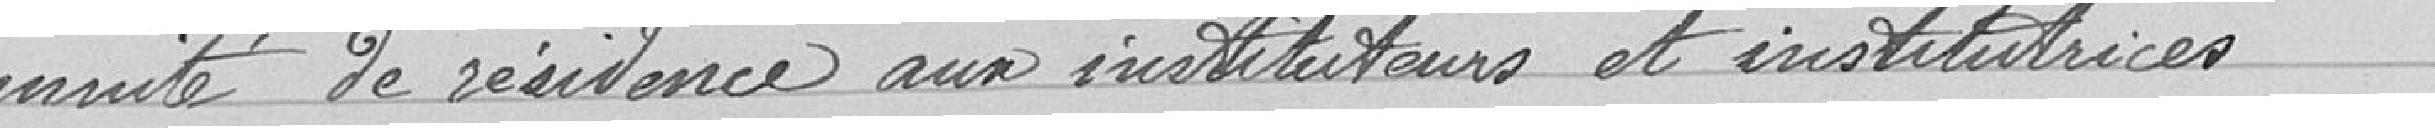
demnité de résidence aux instituteurs et institutrices